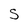
Character: S